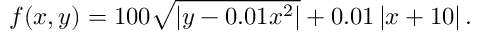
f ( x , y ) = 1 0 0 { \sqrt { \left| y - 0 . 0 1 x ^ { 2 } \right| } } + 0 . 0 1 \left| x + 1 0 \right| . \quad